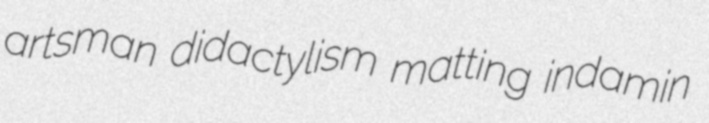
artsman didactylism matting indamin